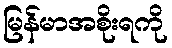
မြန်မာအစိုးရကို